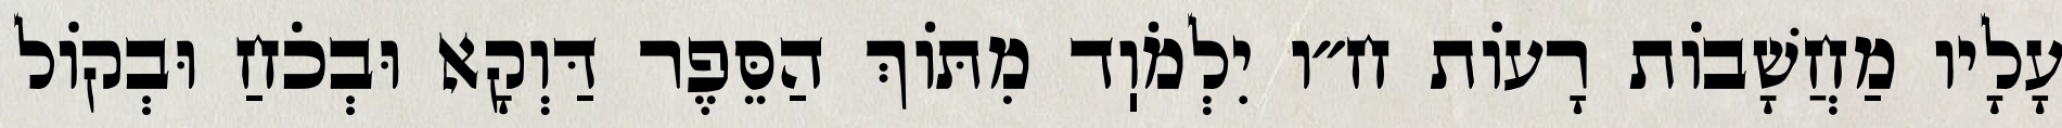
עָלָיו מַחֲשָׁבוֹת רָעוֹת ח״ו יִלְמֹוֽד מִתּוֹךְ הַסֵּפֶר דַּוְקָא וּבְכֹחַ וּבְקוֹל